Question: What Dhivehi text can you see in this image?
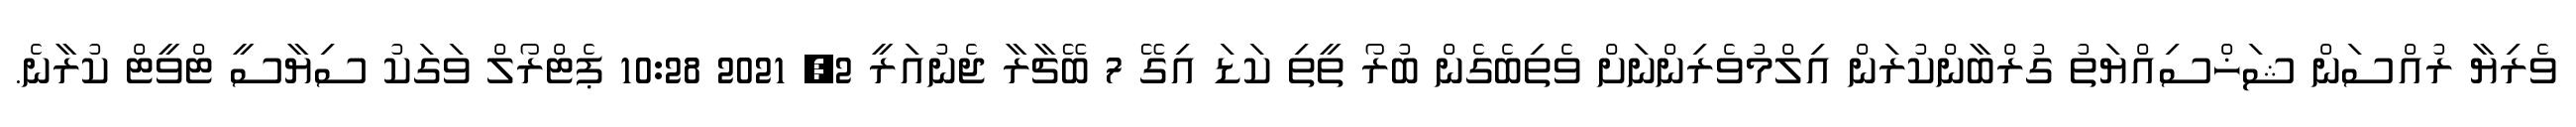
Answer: ވެރިޔާ ރުއްސަން ޝަޚްސިއްޔަތު ގުރްބާންކުރަން އިލްމުވެރިންނަށް ވެތިބެގެން ބުރޯ ތީތި ކަޑަ އިގޭ 7 ބޭޗާރާ ޖެނުއަރީ 2, 2021 10:28 ޕެޓްރޯލް ވަގަކު ސިޔާސީ ޓްވީޓް ކުރާނެ.